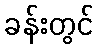
ခန်းတွင်